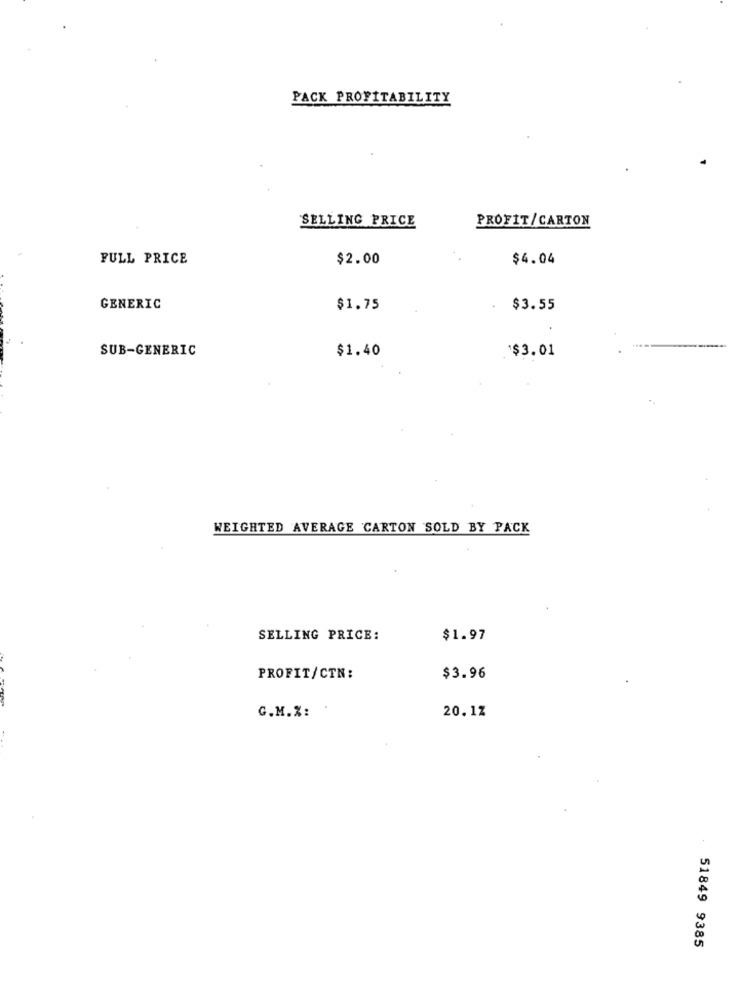
PACK PROFITABILITY
SELLING PRICE
PROFIT/ CARTON
FULL PRICE
$2.00
$4.04
GENERIC
$1.75
$3.55
SUB-GENERIC
$1.40
*$3.01
WEIGHTED AVERAGE CARTON SOLD BY PACK
SELLING PRICE:
$1.97
PROFIT/CTN:
$3.96
G.M. X:
20.12
51849 9385